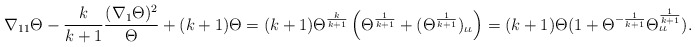
\begin{align*}\nabla_{11}\Theta-\frac{k}{k+1}\frac{(\nabla_{1}\Theta)^{2}}{\Theta}+(k+1)\Theta=(k+1)\Theta^{\frac{k}{k+1}}\left(\Theta^{\frac{1}{k+1}}+(\Theta^{\frac{1}{k+1}})_{\iota\iota}\right)=(k+1)\Theta(1+\Theta^{-\frac{1}{k+1}}\Theta^{\frac{1}{k+1}}_{\iota \iota}).\end{align*}